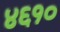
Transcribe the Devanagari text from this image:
४६१०